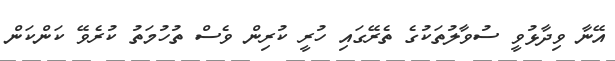
އޭނާ ވިދާޅުވީ ސުވާލުތަކުގެ ތެރޭގައި ހުރީ ކުރިން ވެސް ތުހުމަތު ކުރެވޭ ކަންކަން